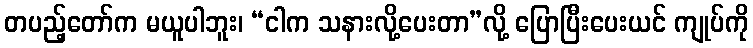
တပည့်တော်က မယူပါဘူး၊ “ငါက သနားလို့ပေးတာ”လို့ ပြောပြီးပေးယင် ကျုပ်ကို